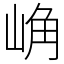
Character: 崅